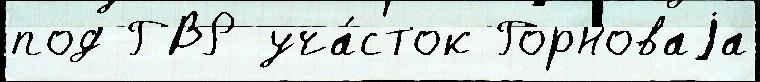
под ГВР уча́сток Горноваjа